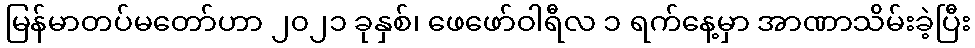
မြန်မာတပ်မတော်ဟာ ၂၀၂၁ ခုနှစ်၊ ဖေဖော်ဝါရီလ ၁ ရက်နေ့မှာ အာဏာသိမ်းခဲ့ပြီး